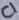
Text: C1